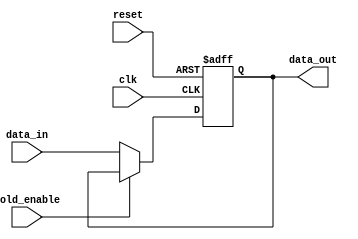
module hold_condition (
    input wire        clk,            // Clock signal for synchronous operation
    input wire        reset,          // Asynchronous reset signal
    input wire        hold_enable,     // Hold enable signal
    input wire [7:0]  data_in,        // Data input signal (8-bit for example)
    output reg [7:0] data_out         // Output signal (8-bit)
);

// Parameter for initial value (could be set to any desired default)
parameter INITIAL_VALUE = 8'd0;

// Always block for synchronous or asynchronous reset and data hold condition
always @(posedge clk or posedge reset) begin
    if (reset) begin
        // On reset, set the output to the initial value
        data_out <= INITIAL_VALUE;
    end else if (hold_enable) begin
        // If hold is enabled, maintain the previous state
        data_out <= data_out;  // No change in value
    end else begin
        // If hold is not enabled, update to new data
        data_out <= data_in;
    end
end

endmodule